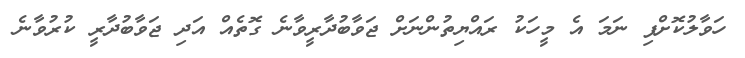
ހަވާލުކޮށްފި ނަމަ އެ މީހަކު ރައްޔިތުންނަށް ޖަވާބުދާރީވާނެ ގޮތެއް އަދި ޖަވާބުދާރީ ކުރުވާނެ